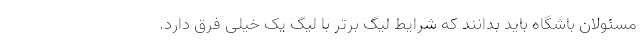
مسئولان باشگاه باید بدانند که شرایط لیگ برتر با لیگ یک خیلی فرق دارد.